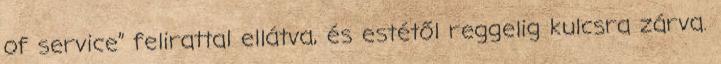
of service” felirattal ellátva, és estétől reggelig kulcsra zárva.